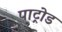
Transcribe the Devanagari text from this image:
पाट्रोड